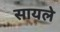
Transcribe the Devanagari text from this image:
सायले